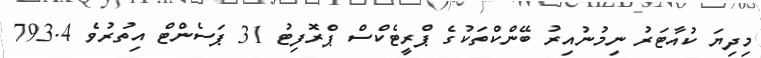
މިދިޔަ ކުއާޓަރު ނިމުނުއިރު ބޭންކްތަކުގެ ޕްރީޓެކްސް ޕްރޮފިޓު 31 ޕަސެންޓް އިތުރުވެ 793.4